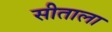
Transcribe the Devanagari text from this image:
सीताला